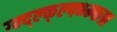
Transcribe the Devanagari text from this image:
ग्म्द्ल्क्ल्फ्भ्म्फश्र